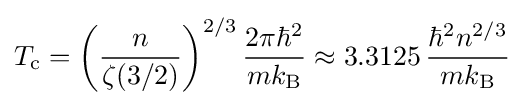
T_{\text{c}}=\left({\frac {n}{\zeta (3/2)}}\right)^{2/3}{\frac {2\pi \hbar ^{2}}{mk_{\text{B}}}}\approx 3.3125\,{\frac {\hbar ^{2}n^{2/3}}{mk_{\text{B}}}}